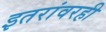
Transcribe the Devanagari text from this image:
इतरांवरही